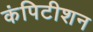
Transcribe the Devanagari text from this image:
कंपिटीशन